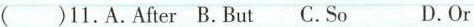
( )11.A.After B.But .5o D.0 r